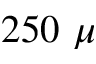
2 5 0 ~ \mu